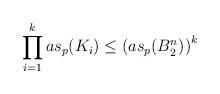
LaTeX: \begin{align*}\prod_{i=1}^k as_p(K_i) \le \left(as_p(B^n_2)\right)^k\end{align*}